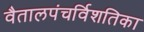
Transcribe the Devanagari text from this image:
वैतालपंचर्विशतिका